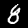
Label: 8